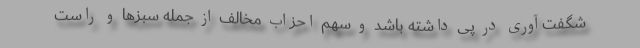
شگفت‌آوری در پی داشته باشد و سهم احزاب مخالف از جمله سبزها و راست